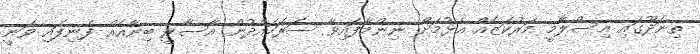
ތިނަދޫގައި އިސްލާމީ މަރުކަޒެއް އެޅުމަށް ނިންމާފައިވާ ސަރަހައްދުން އާސާރީ ބިނާއެއް ފެނިފައި ވަނީ